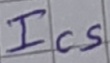
Text: Ics